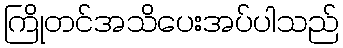
ကြိုတင်အသိပေးအပ်ပါသည်